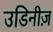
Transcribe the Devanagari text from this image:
उडिनीज़